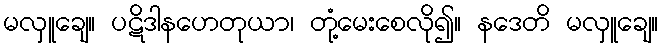
မလှူချေ။ ပဋိဒါနဟေတုယာ၊ တုံ့မေးစေလို၍။ နဒေတိ မလှူချေ။